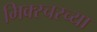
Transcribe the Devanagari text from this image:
मिक्स्चरच्या